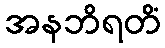
အနဘိရတိံ